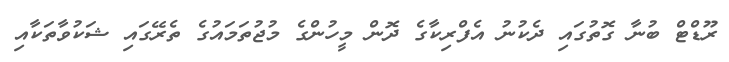
ރޫޑްޓް ބުނާ ގޮތުގައި ދެކުނު އެފްރިކާގެ ދޮން މީހުންގެ މުޖުތަމައުގެ ތެރޭގައި ޝަކުވާތަކާއި